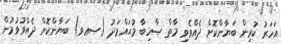
އަހަރު ކުރިން ބަޔާންކޮށް ދެއްވެވި މާތް ޞާހިބާ މުޙައްމަދު (ޞޢވ) ބަޔާންކޮށް ދެއްވުވުމުން